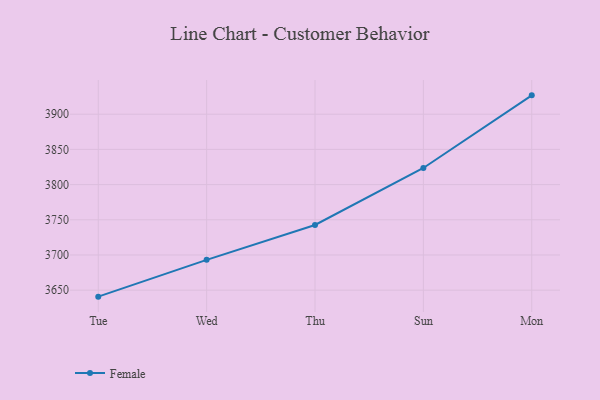
{"axis": {"x": "Day", "y": "Budget (USD K)"}, "legend": ["Female"], "data": [{"x": "Tue", "y": 3640.8, "type": "Female"}, {"x": "Wed", "y": 3693.1, "type": "Female"}, {"x": "Thu", "y": 3742.6, "type": "Female"}, {"x": "Sun", "y": 3823.6, "type": "Female"}, {"x": "Mon", "y": 3926.8, "type": "Female"}]}